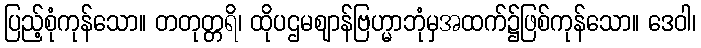
ပြည့်စုံကုန်သော။ တတုတ္တရိ၊ ထိုပဌမဈာန်ဗြဟ္မာဘုံမှအထက်၌ဖြစ်ကုန်သော။ ဒေဝါ၊